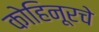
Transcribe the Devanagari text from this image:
कोहिनूरचे